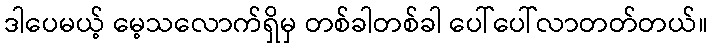
ဒါပေမယ့် မေ့သလောက်ရှိမှ တစ်ခါတစ်ခါ ပေါ်ပေါ်လာတတ်တယ်။